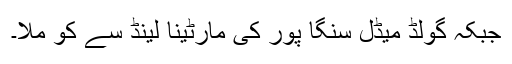
جبکہ گولڈ میڈل سنگا پور کی مارٹینا لینڈ سے کو ملا۔